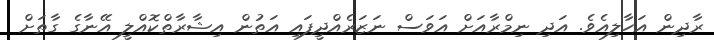
ރާދިން އަހާލިއެވެ. އަދި ނިމްރާއަށް އަވަސް ނަޒަރެއްދީފައި އަތުން އިޝާރާތްކޮއްލީ އޭނާގެ ގާތަށް